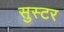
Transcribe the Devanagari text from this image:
सुस्टर